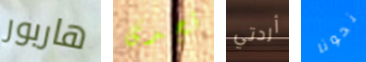
هاربور تجدى أردتي نحونا